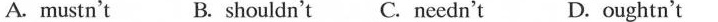
A.mustn't B. shouldn't C. Needn't D.oughtn't